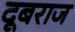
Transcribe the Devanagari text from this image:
दूबराज